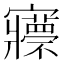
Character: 𡬇